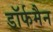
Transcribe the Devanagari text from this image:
डॉर्फमैन